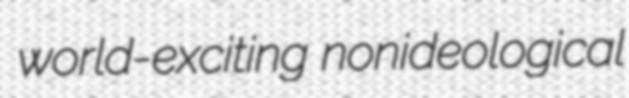
world-exciting nonideological